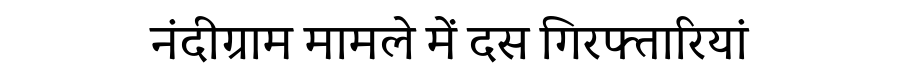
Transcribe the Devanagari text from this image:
नंदीग्राम मामले में दस गिरफ्तारियां